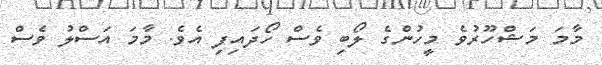
މާމަ މަޝްހޫރުވެ މީހުންގެ ލޯބި ވެސް ހޯދައިފި އެވެ. މާމަ އަސްލު ވެސް